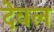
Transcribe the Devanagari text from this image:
देवल